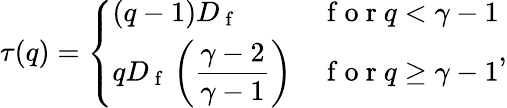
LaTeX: \tau(q)=\left\{ \begin{array}{ll}{(q-1)D_{\mathrm{~f~}}}&{\mathrm{~f~o~r~}q<\gamma-1}\\ {qD_{\mathrm{~f~}}\left(\displaystyle\frac{\gamma-2}{\gamma-1}\right)}&{\mathrm{~f~o~r~}q\ge\gamma-1}\end{array}\right.,